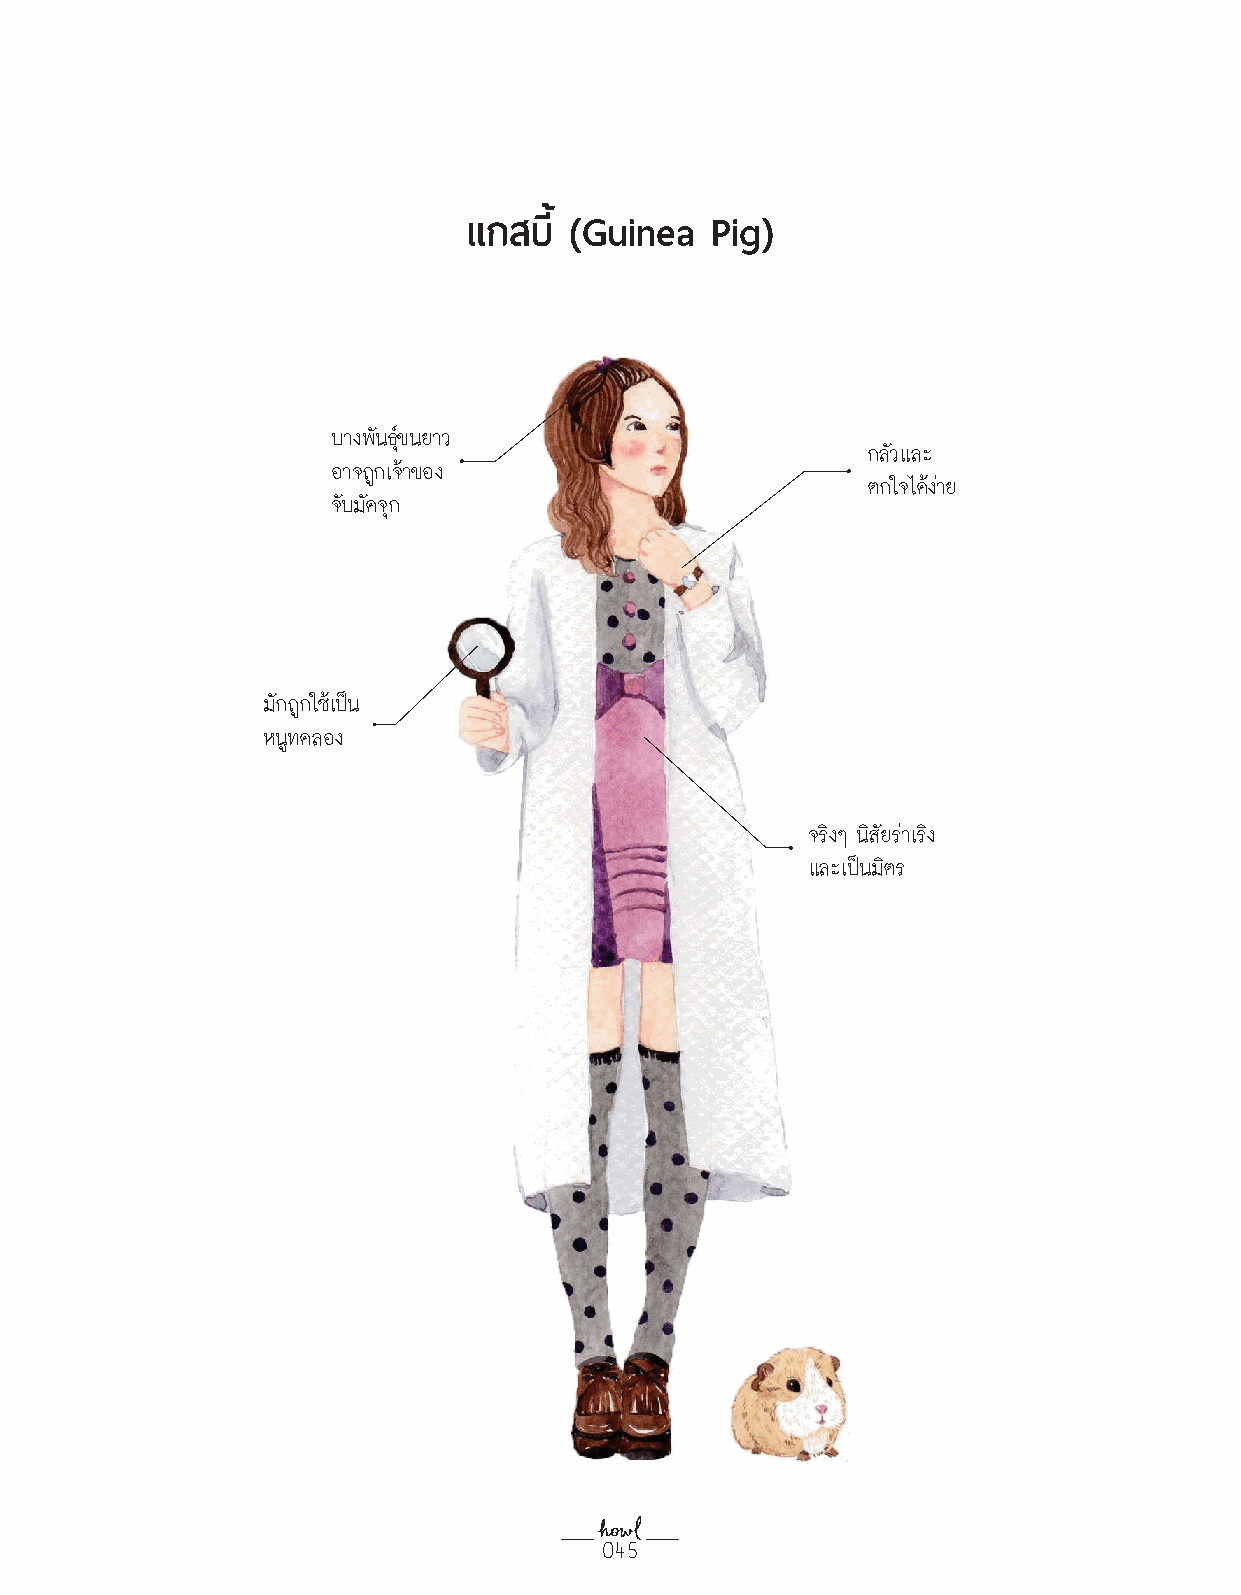
แกสบี้ (Guinea  Pig)
 บางพนั ธข์ุ นยาว
 กลวั และ
 อาจถกู เจา้ ของ
 ตกใจไดง้ า่ ย
 จบั มดั จกุ
 มกั ถกู ใชเ้ปน็
 หนทู ดลอง
 จรงิ ๆ นสิ ยั รา่ เรงิ
 และเปน็ มติ ร
 045